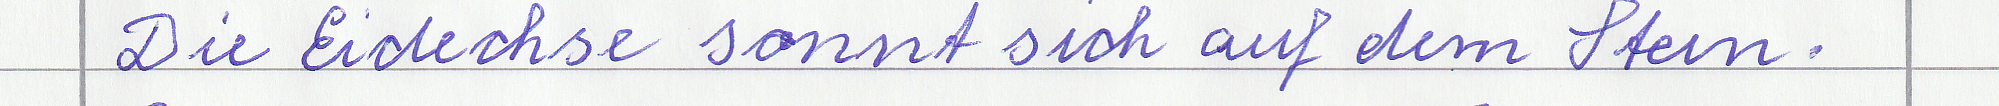
Die Eidechse sonnt sich auf dem Stein.